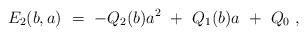
LaTeX: \begin{align*} E_2(b,a)\ =\ -Q_{2}(b) a^2 \ +\ Q_{1}(b) a \ +\ Q_{0}\ ,\end{align*}